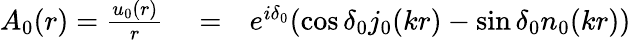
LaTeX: \begin{array}{rlr}{A_{0}(r)=\frac{u_{0}(r)}{r}}&{{}=}&{e^{i\delta_{0}}(\cos\delta_{0}j_{0}(kr)-\sin\delta_{0}n_{0}(kr))}\end{array}